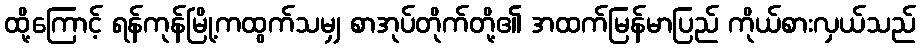
ထို့ကြောင့် ရန်ကုန်မြို့ကထွက်သမျှ စာအုပ်တိုက်တို့၏ အထက်မြန်မာပြည် ကိုယ်စားလှယ်သည်